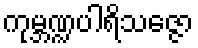
ကုမ္ဘဏ္ဍပါရိသဇ္ဇော